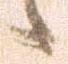
候